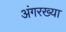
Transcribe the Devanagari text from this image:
अंगरख्या